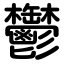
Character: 鬱